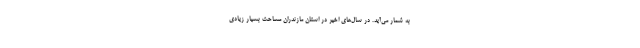
به شمار می‌آید. در سال‌های اخیر در استان مازندران مساحت بسیار زیادی